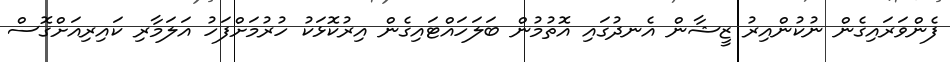
ފެންވަރައިގެން ނުކުންއިރު ޒީޝާން އެނދުގައި އޮތުމުން ބަލަހައްޓައިގެން އިރުކޮޅަކު ހުރުމަށްފަހު އަލަމާރި ކައިރިއަށްގޮސް